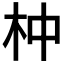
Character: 𣐄